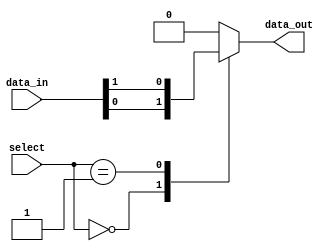
module mux_64to1 (
    input [63:0] data_in,
    input [5:0] select,
    output reg data_out
);

always @ (*) begin
    case (select)
        6'b000000: data_out = data_in[0];
        6'b000001: data_out = data_in[1];
        // Add cases for the remaining 62 inputs
        // ...
        default: data_out = 1'b0; // Default case
    endcase
end

endmodule